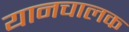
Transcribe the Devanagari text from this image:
यानचालक